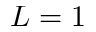
L = 1